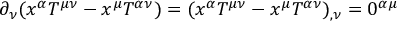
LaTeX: \partial _ { \nu } ( x ^ { \alpha } T ^ { \mu \nu } - x ^ { \mu } T ^ { \alpha \nu } ) = ( x ^ { \alpha } T ^ { \mu \nu } - x ^ { \mu } T ^ { \alpha \nu } ) _ { , \nu } = 0 ^ { \alpha \mu }